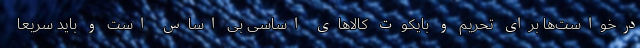
درخواست‌ها برای تحریم و بایکوت کالاهای اساسی بی اساس است و باید سریعا